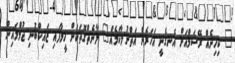
" ކިހިނެއް ރޭޝަމްއަށް އެނގެނީ އަހަރެން އަތްނުލާކަމެއް" ލާނެތްގޮތަކަށް ހީލާފައި ޒައިކްބުނި ޖުމްލައިން